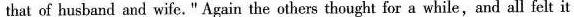
that of husband and wife. " Again the others thought for a while,and all felt it